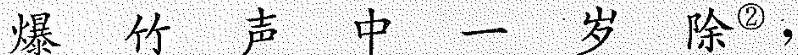
爆 竹 声 中 一 岁 除^{②} ，